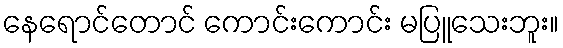
နေရောင်တောင် ကောင်းကောင်း မပြူသေးဘူး။